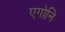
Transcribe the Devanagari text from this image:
एगोनि